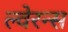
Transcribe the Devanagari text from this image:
ल्वेरन्स